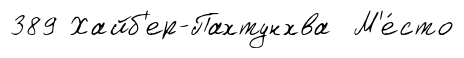
389 Хайб'ер-Пахтунхва М'е́сто